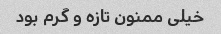
خیلی ممنون تازه و گرم بود